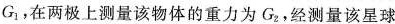
G_{1}，在两极上测量该物体的重力为G_{2}，经测量该星球